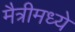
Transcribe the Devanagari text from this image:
मैत्रीमध्ये